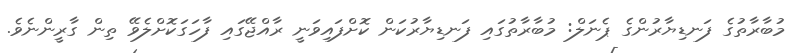
މުބާރާތުގެ ފަނޑިޔާރުންގެ ޕެނަލް: މުބާރާތުގައި ފަނޑިޔާރުކަން ކޮށްފައިވަނީ ރާއްޖޭގައި ފާހަގަކޮށްލެވޭ ތިން ގާރީންނެވެ.